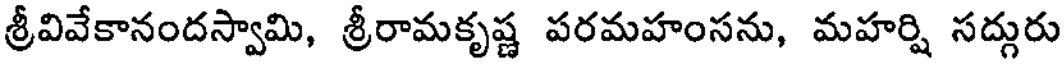
శ్రీవివేకానందస్వామి, శ్రీరామకృష్ణ పరమహంసను, మహర్షి సద్గురు